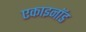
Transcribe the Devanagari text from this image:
एकाइनॉड